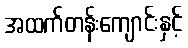
အထက်တန်းကျောင်းနှင့်